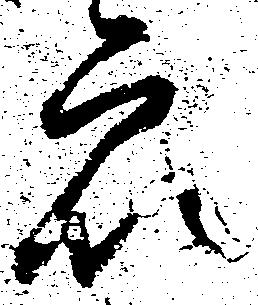
衆